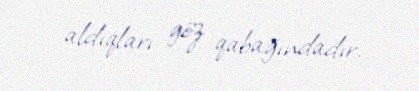
aldıqları göz qabağındadır.